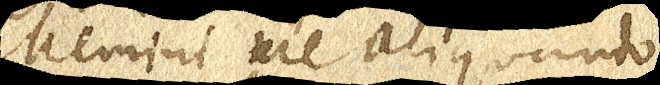
Memini me aliquando